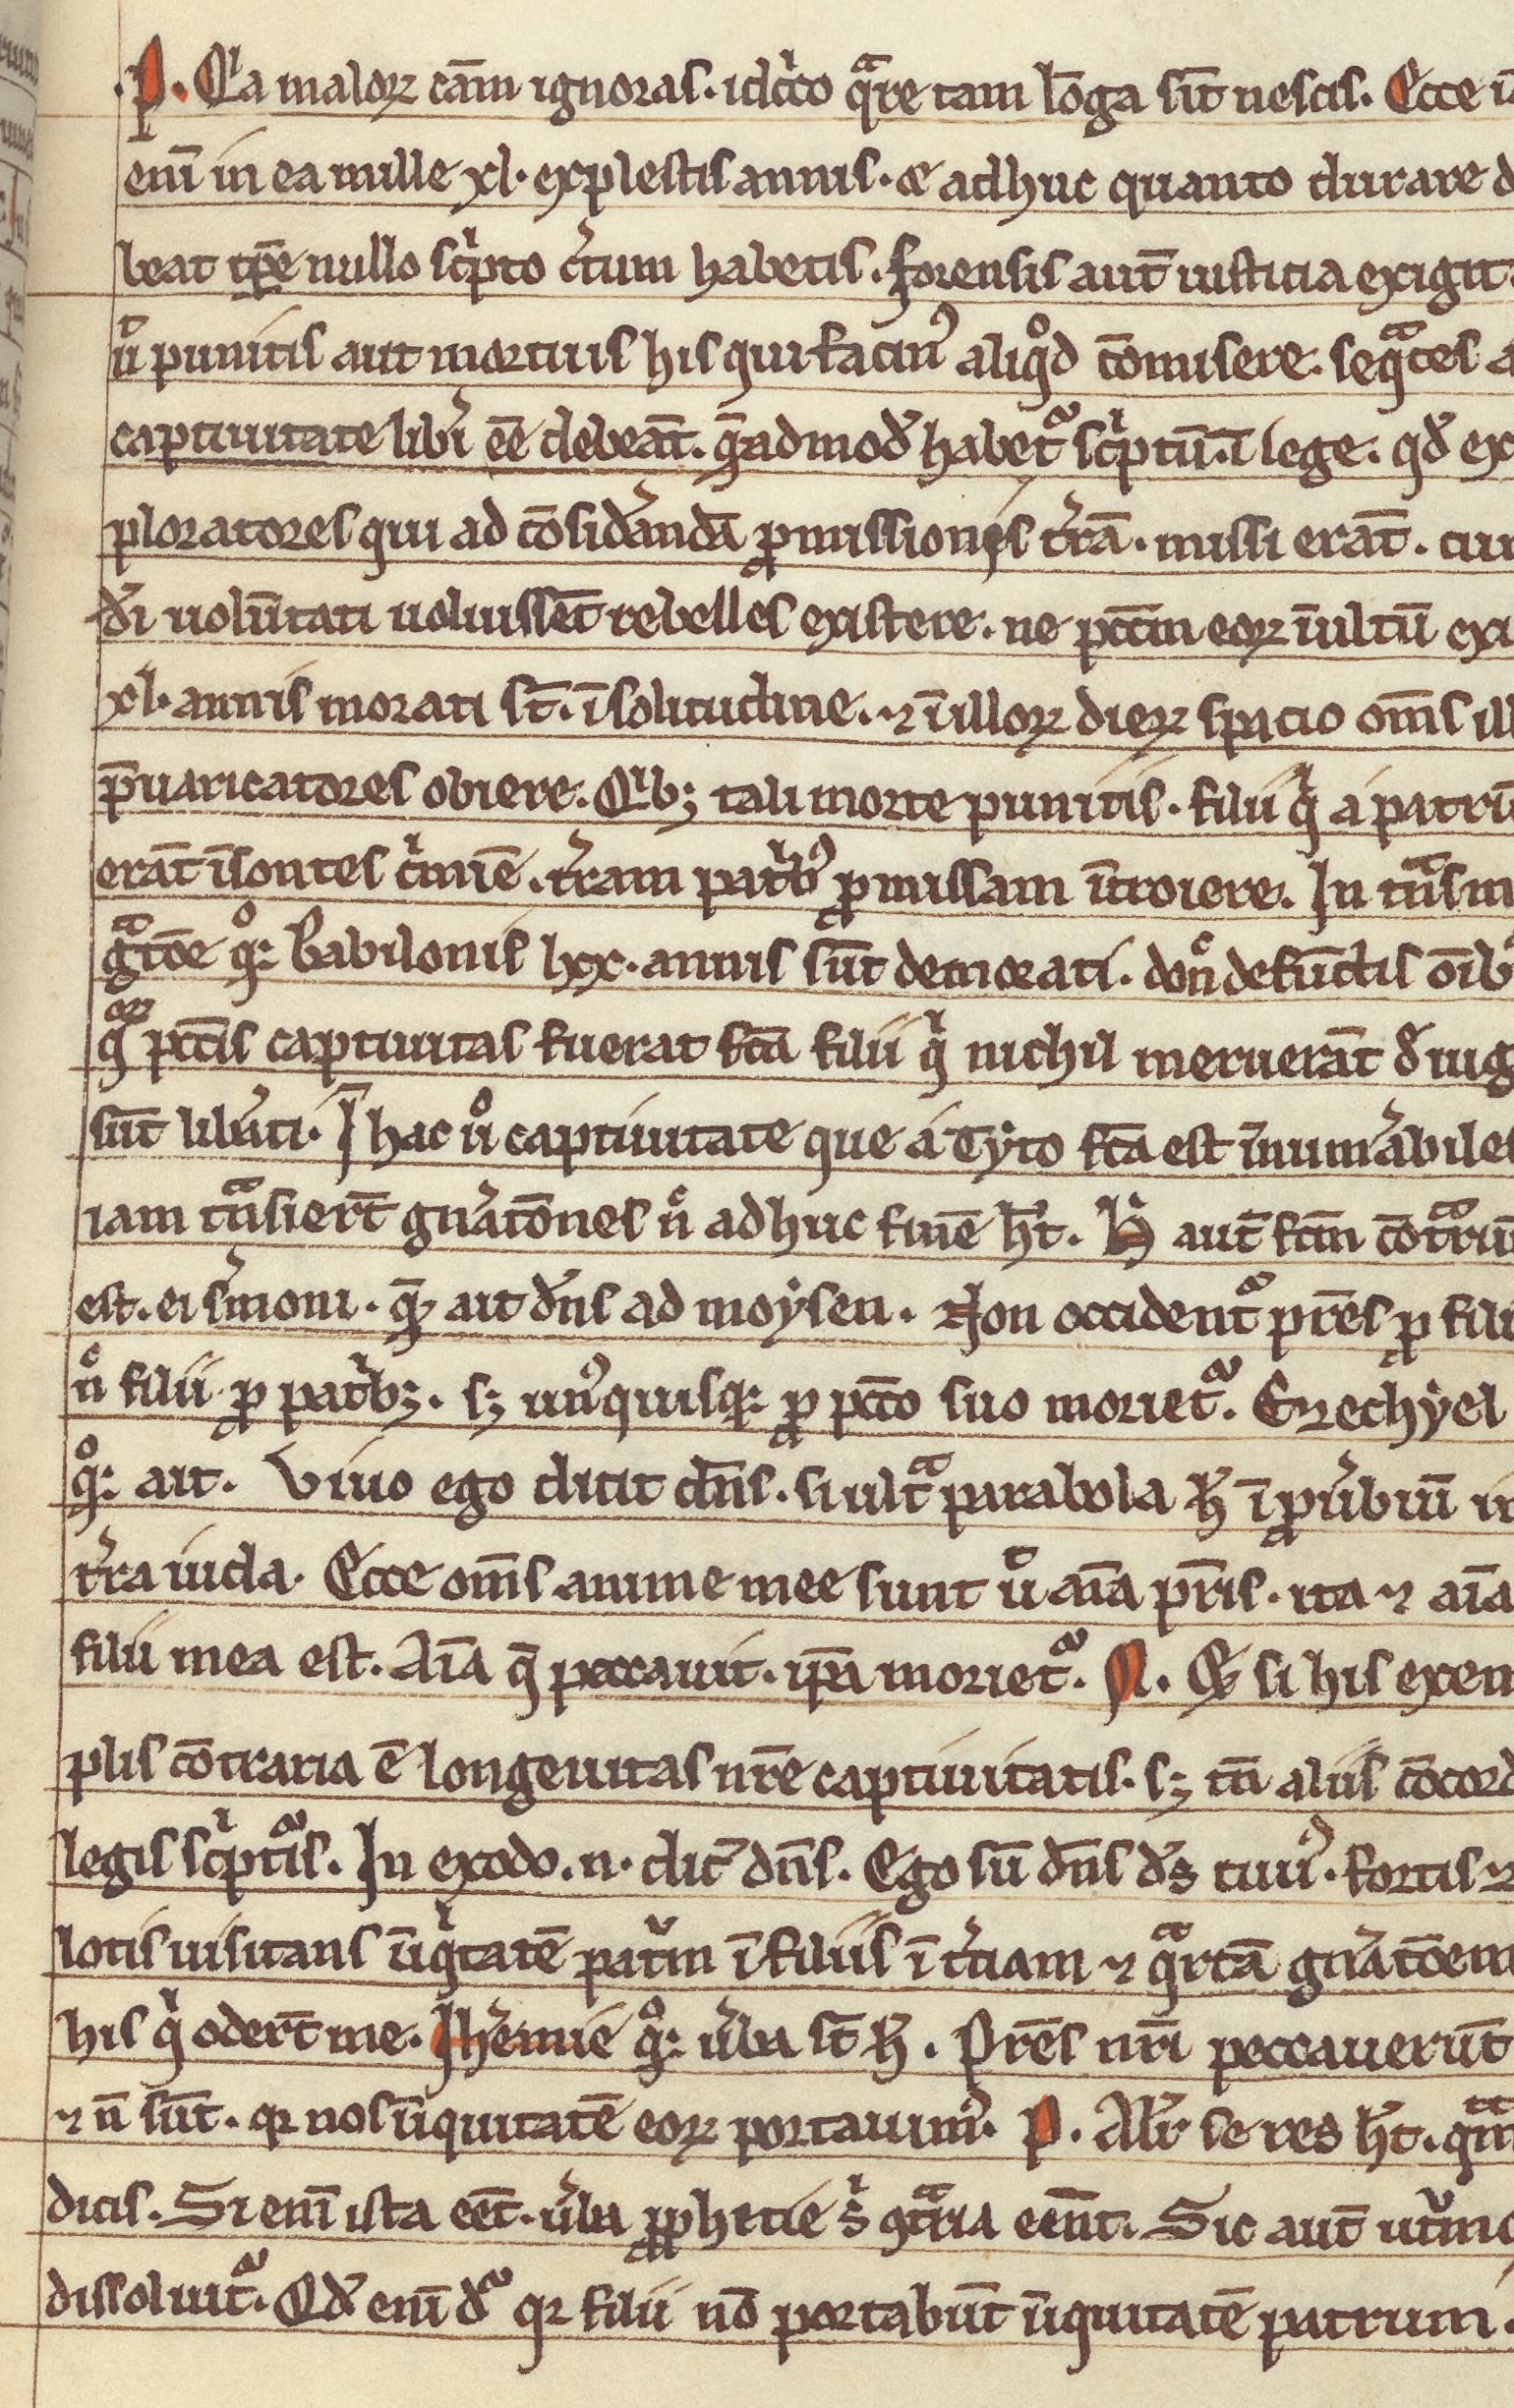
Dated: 1200–1299